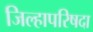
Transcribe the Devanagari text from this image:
जिल्हापरिषदा